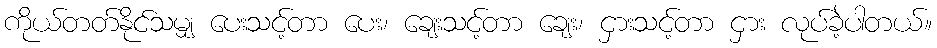
ကိုယ်တတ်နိုင်သမျှ ပေးသင့်တာ ပေး၊ ချေးသင့်တာ ချေး၊ ငှားသင့်တာ ငှား လုပ်ခဲ့ပါတယ်။